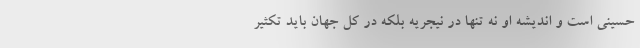
حسینی است و اندیشه او نه تنها در نیجریه بلکه در کل جهان باید تکثیر